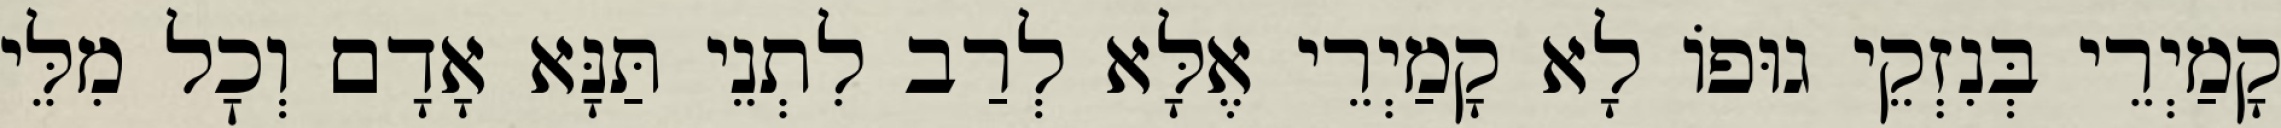
קָמַיְרֵי בְּנִזְקֵי גוּפוֹ לָא קָמַיְרֵי אֶלָּא לְרַב לִתְנֵי תַּנָּא אָדָם וְכׇל מִלֵּי